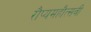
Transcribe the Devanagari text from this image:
रौप्यमहौत्सवी